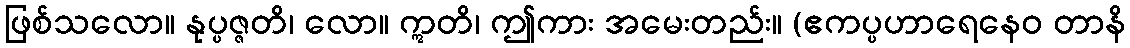
ဖြစ်သလော။ နုပ္ပဇ္ဇတိ၊ လော။ ဣတိ၊ ဤကား အမေးတည်း။ (ဧကပ္ပဟာရေနေဝ တာနိ